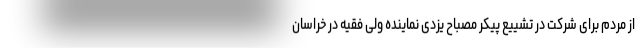
از مردم برای شرکت در تشییع پیکر مصباح یزدی نماینده ولی فقیه در خراسان